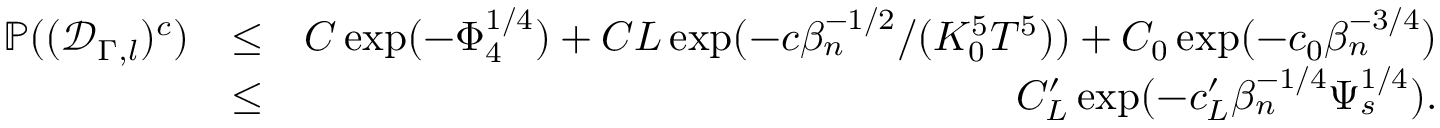
\begin{array} { r l r } { \mathbb { P } ( ( \mathscr { D } _ { \Gamma , l } ) ^ { c } ) } & { \leq } & { C \exp ( - \Phi _ { 4 } ^ { 1 \slash 4 } ) + C L \exp ( - c \beta _ { n } ^ { - 1 \slash 2 } \slash ( K _ { 0 } ^ { 5 } T ^ { 5 } ) ) + C _ { 0 } \exp ( - c _ { 0 } \beta _ { n } ^ { - 3 \slash 4 } ) } \\ & { \leq } & { C _ { L } ^ { \prime } \exp ( - c _ { L } ^ { \prime } \beta _ { n } ^ { - 1 \slash 4 } \Psi _ { s } ^ { 1 \slash 4 } ) . } \end{array}